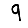
Digit: 9